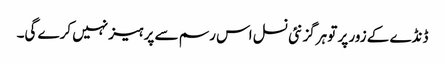
ڈنڈے کے زور پر تو ہرگز نئی نسل اس رسم سے پرہیز نہیں کرے گی۔